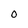
Character: 0